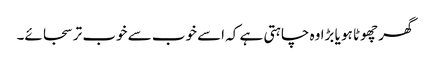
گھر چھوٹا ہو یا بڑا وہ چاہتی ہے کہ اسے خوب سے خوب تر سجائے۔